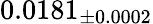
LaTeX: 0.0181_{\pm 0.0002}